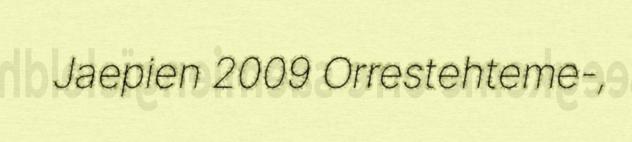
Jaepien 2009 Orrestehteme-,